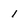
Character: l